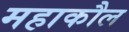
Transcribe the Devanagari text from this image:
महाकौल